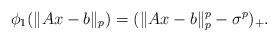
LaTeX: \begin{align*}\phi_1(\|Ax-b\|_p)=(\|Ax-b\|_p^p-\sigma^p)_+.\end{align*}